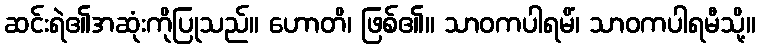
ဆင်းရဲ၏အဆုံးကိုပြုသည်။ ဟောတိ၊ ဖြစ်၏။ သာဝကပါရမိံ၊ သာဝကပါရမီသို့။